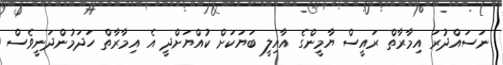
ނަސައްދުރަ އިމާރާތް ރައީސް ޔާމީންގެ އާއިލީ ބަޔަކަށް ކުއްޔަށްދީ އެ އިމާރާތް ހަދަމުންދަނީވެސް